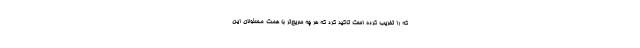
که را تخریب کرده است تاکید کرد که هر چه سریع‌تر با همت مسئولان این